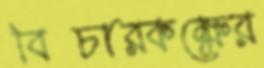
বিচারকক্ষের